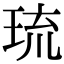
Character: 琉